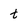
Character: t